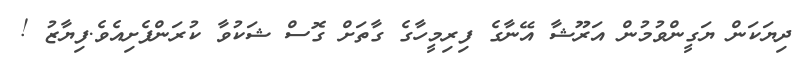
ދިޔަކަން ޔަގީންވުމުން އަރޫޝާ އޭނާގެ ފިރިމީހާގެ ގާތަށް ގޮސް ޝަކުވާ ކުރަންފެށިއެވެ.ފިޔާޒު !